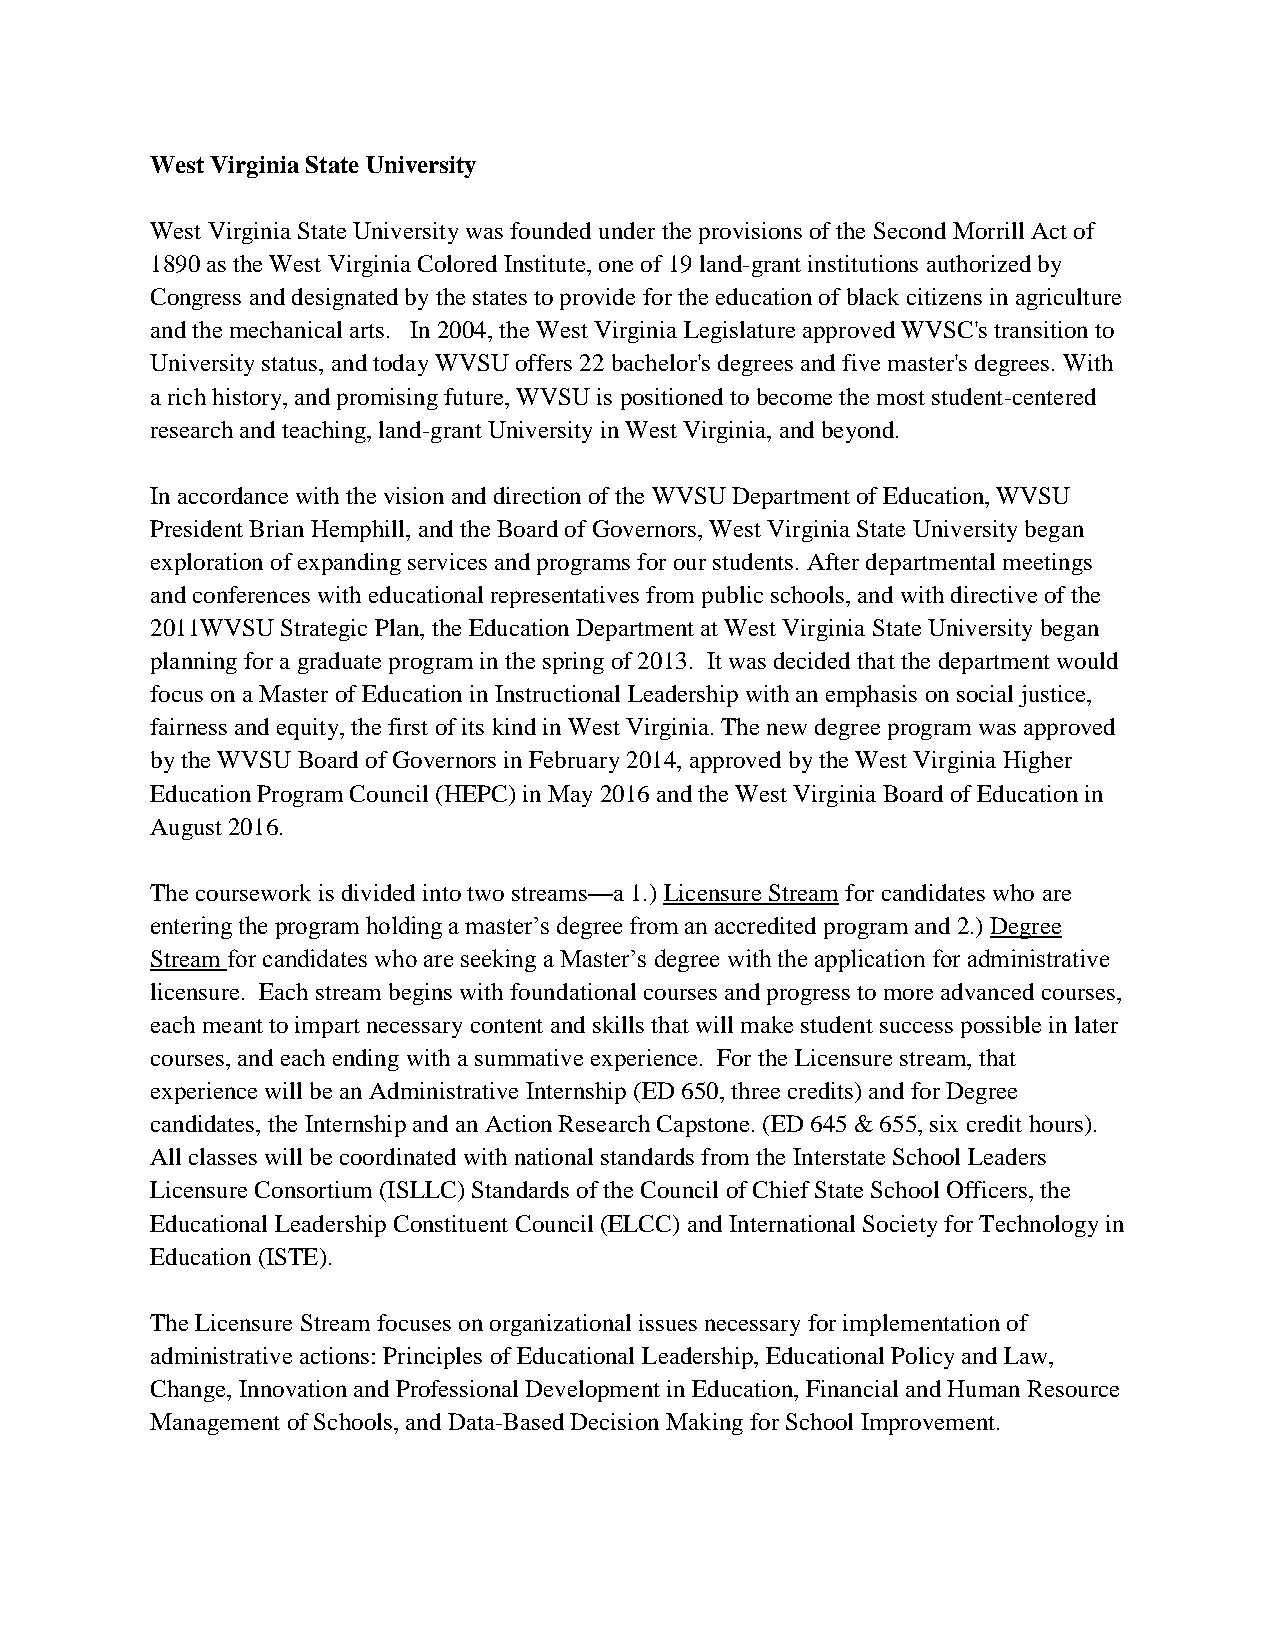
West Virginia State University
 West Virginia State University was founded under the provisions of the Second Morrill Act of
 1890 as the West Virginia Colored Institute, one of 19 land-grant institutions authorized by
 Congress and designated by the states to provide for the education of black citizens in agriculture
 and the mechanical arts. In 2004, the West Virginia Legislature approved WVSC's transition to
 University status, and today WVSU offers 22 bachelor's degrees and five master's degrees. With
 a rich history, and promising future, WVSU is positioned to become the most student-centered
 research and teaching, land-grant University in West Virginia, and beyond.
 In accordance with the vision and direction of the WVSU Department of Education, WVSU
 President Brian Hemphill, and the Board of Governors, West Virginia State University began
 exploration of expanding services and programs for our students. After departmental meetings
 and conferences with educational representatives from public schools, and with directive of the
 2011WVSU Strategic Plan, the Education Department at West Virginia State University began
 planning for a graduate program in the spring of 2013. It was decided that the department would
 focus on a Master of Education in Instructional Leadership with an emphasis on social justice,
 fairness and equity, the first of its kind in West Virginia. The new degree program was approved
 by the WVSU Board of Governors in February 2014, approved by the West Virginia Higher
 Education Program Council (HEPC) in May 2016 and the West Virginia Board of Education in
 August 2016.
 The coursework is divided into two streams—a 1.) Licensure Stream for candidates who are
 entering the program holding a master’s degree from an accredited program and 2.) Degree
 Stream for candidates who are seeking a Master’s degree with the application for administrative
 licensure. Each stream begins with foundational courses and progress to more advanced courses,
 each meant to impart necessary content and skills that will make student success possible in later
 courses, and each ending with a summative experience. For the Licensure stream, that
 experience will be an Administrative Internship (ED 650, three credits) and for Degree
 candidates, the Internship and an Action Research Capstone. (ED 645 & 655, six credit hours).
 All classes will be coordinated with national standards from the Interstate School Leaders
 Licensure Consortium (ISLLC) Standards of the Council of Chief State School Officers, the
 Educational Leadership Constituent Council (ELCC) and International Society for Technology in
 Education (ISTE).
 The Licensure Stream focuses on organizational issues necessary for implementation of
 administrative actions: Principles of Educational Leadership, Educational Policy and Law,
 Change, Innovation and Professional Development in Education, Financial and Human Resource
 Management of Schools, and Data-Based Decision Making for School Improvement.